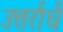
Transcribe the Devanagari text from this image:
उत्तर्रार्ध